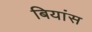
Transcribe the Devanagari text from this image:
बियांस